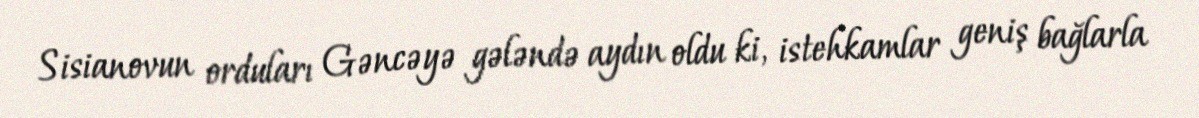
Sisianovun orduları Gəncəyə gələndə aydın oldu ki, istehkamlar geniş bağlarla